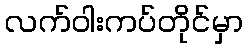
လက်ဝါးကပ်တိုင်မှာ